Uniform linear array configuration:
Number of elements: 32
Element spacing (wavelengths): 0.75
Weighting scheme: binomial
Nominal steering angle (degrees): -30
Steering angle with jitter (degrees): -29.108
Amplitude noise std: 0.05
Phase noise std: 0.05

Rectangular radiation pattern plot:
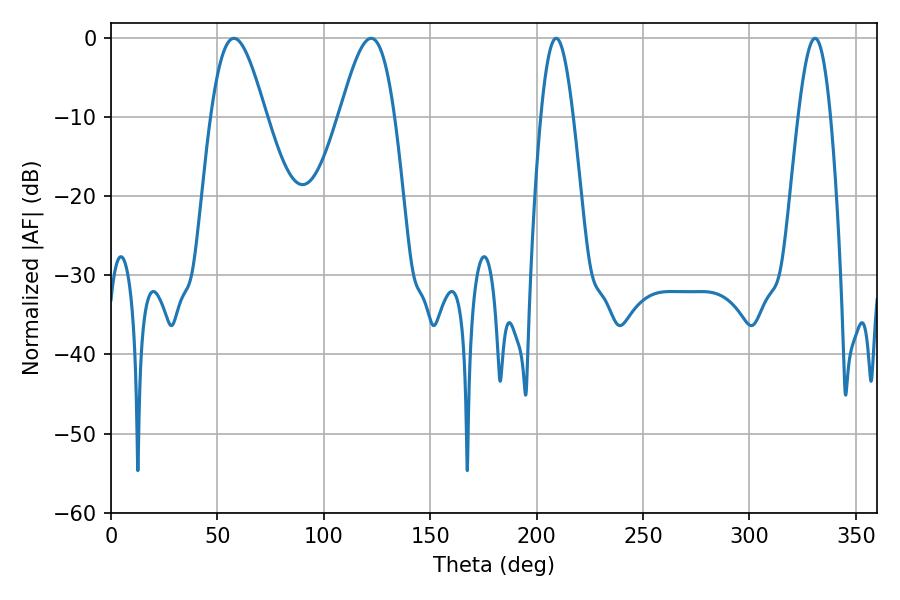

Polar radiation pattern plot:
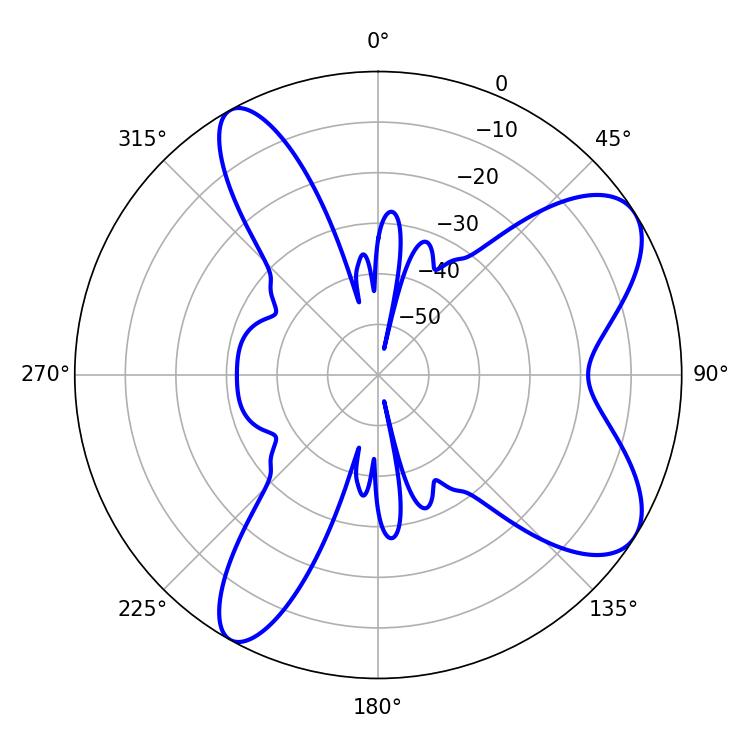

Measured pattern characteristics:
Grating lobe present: TRUE
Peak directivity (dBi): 8.128
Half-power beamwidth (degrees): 13.86
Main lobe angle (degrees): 57.78